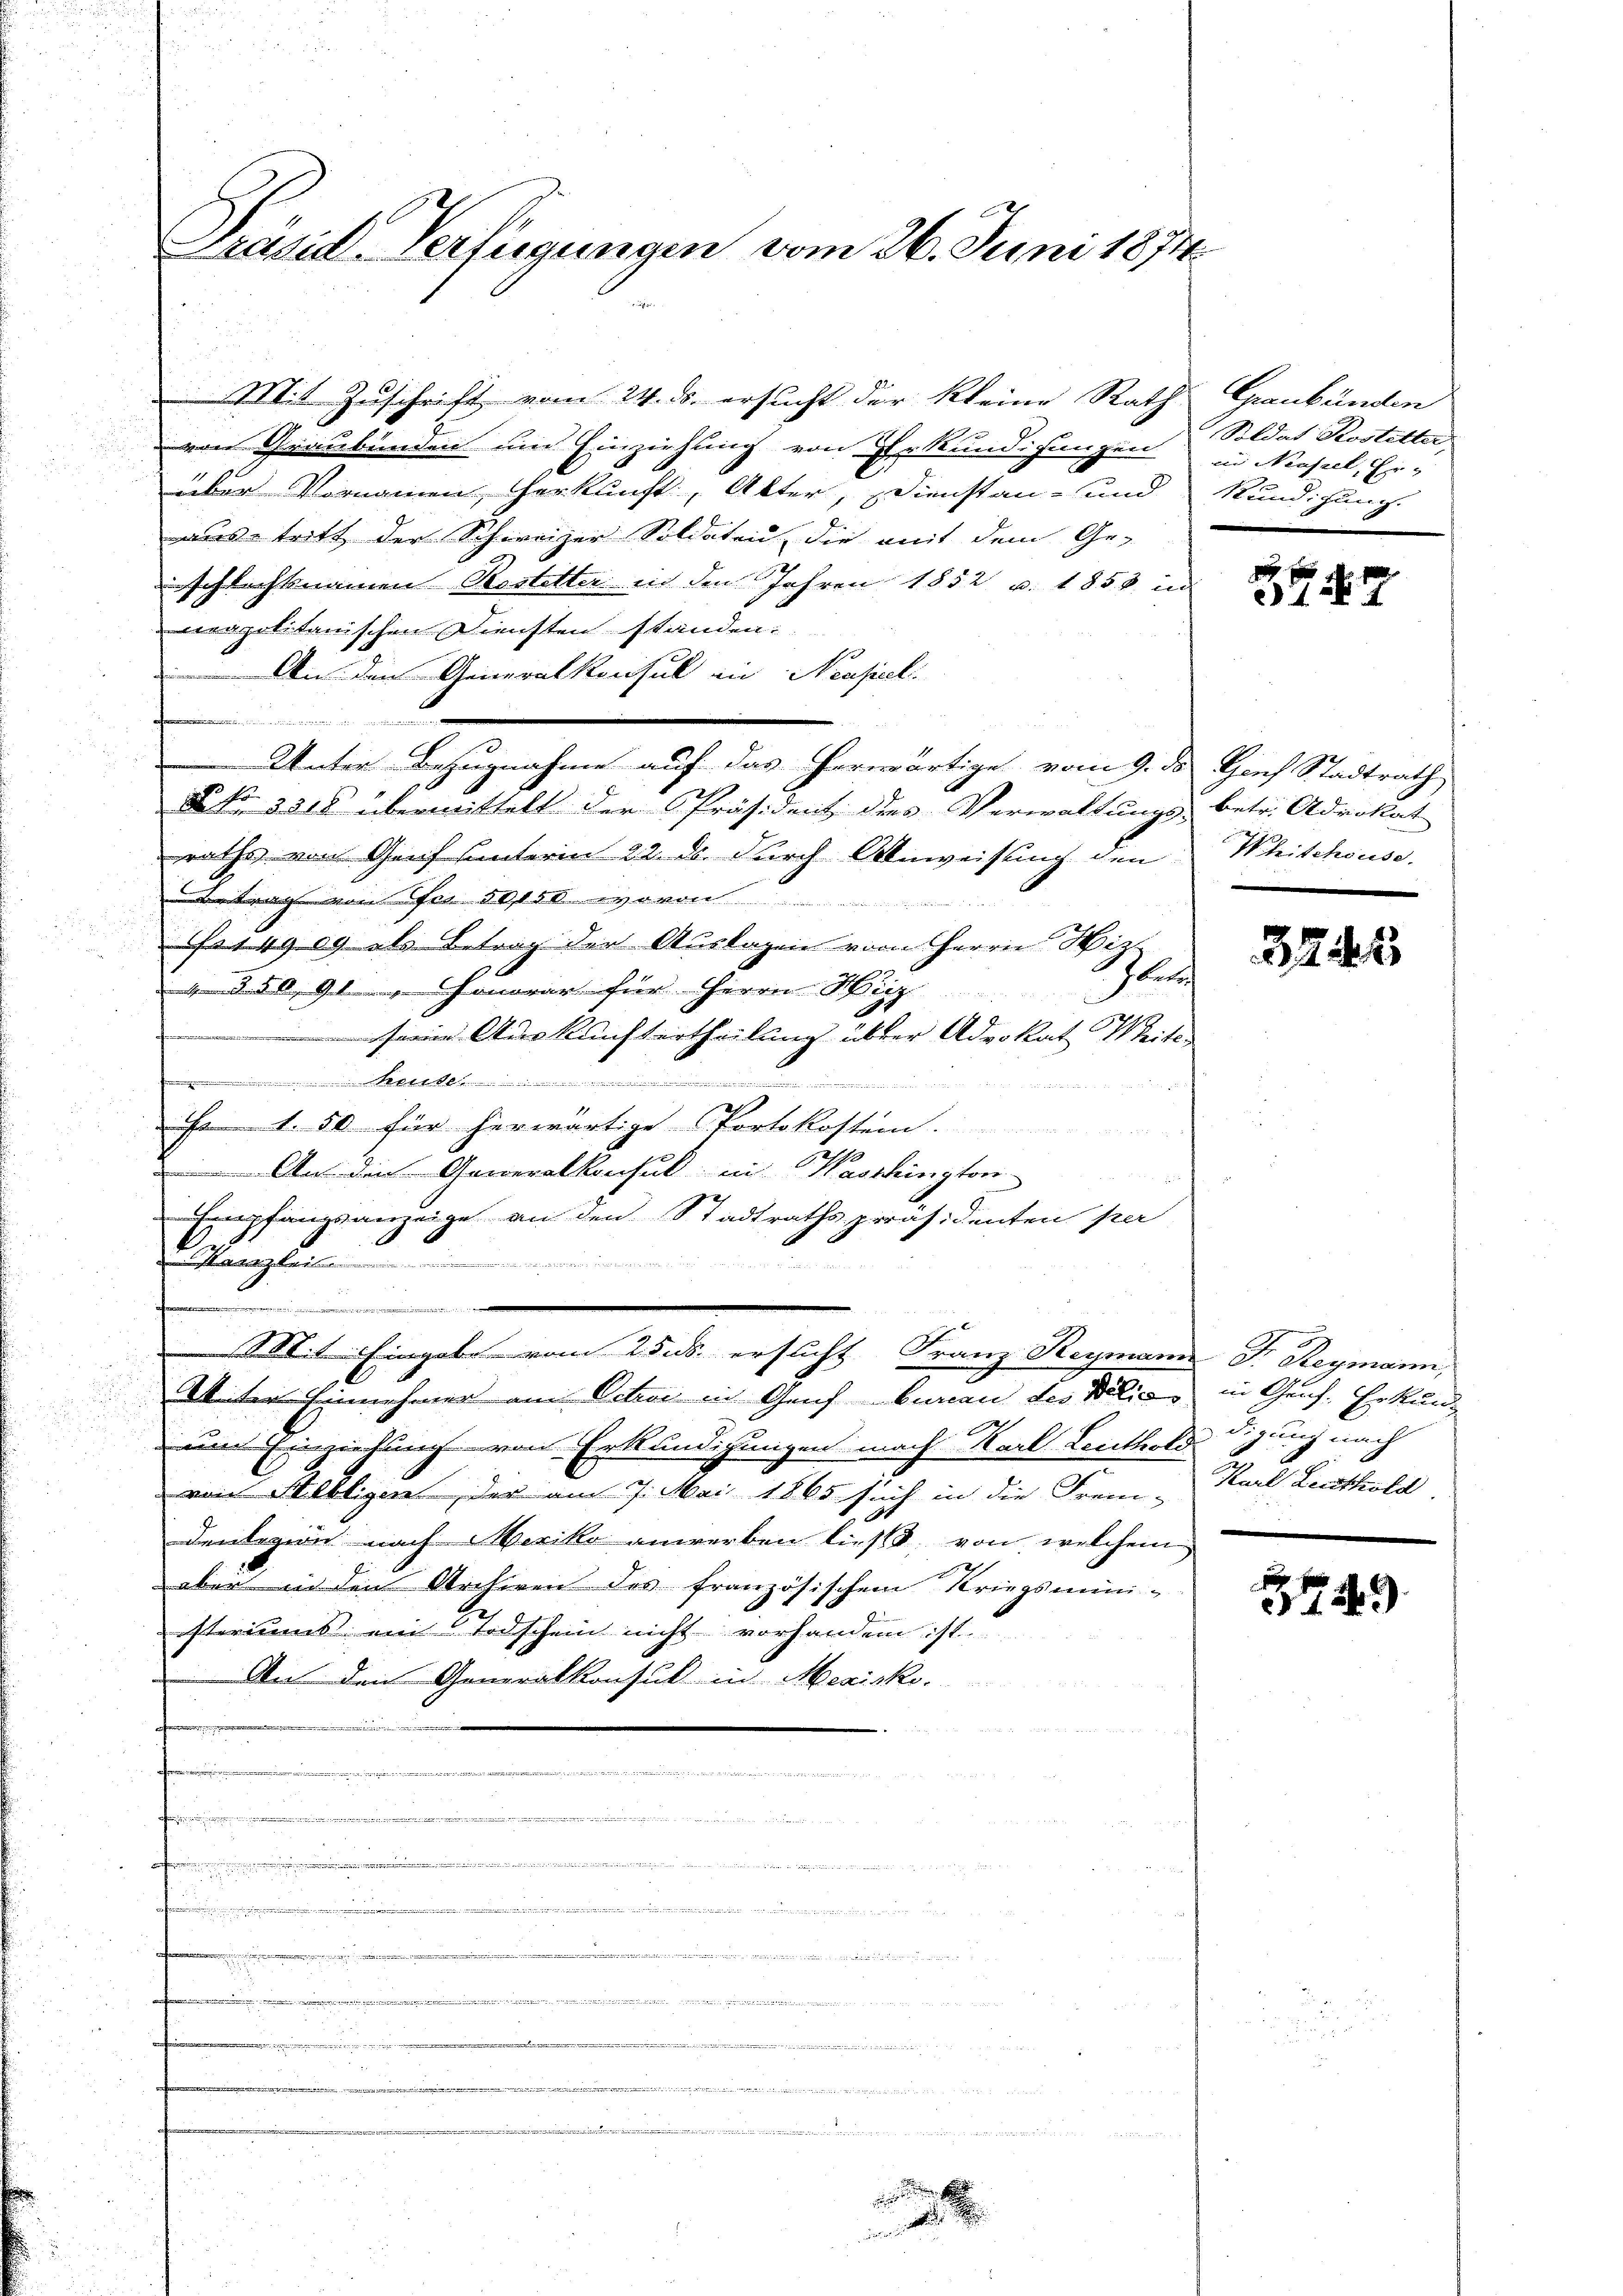
Präsid-Verfügungen vom 26. Juni 1874.

Mit Zuschrift vom 24. ds. ersucht der kleine Rath Graubünden
von Graubünden und Einziehung von Erkundigungen
über Vornamen Herkunft, Alter, Dienstan- und
aus tritt der Schweizer Soldaten, die mit dem Ge-
inschlechtsnamen Restetter in den Jahren 1852 u. 1853 und
eapolitanischen Diensten standen.
An den Generalkonsul in Neapel
rägen wiedern und un¬
Unter Bezugnahme auf das Horwärtige vom 9. ds Hof Stadtrath
NNo. 3518 übermittelt der Präsident der Verwaltungs- betr. Advokat
raths von Genf unterin 22. ds. durch Anweisung den
Betrag von Fr. 50,000 wovon
s14909 als Betrag der Auslagen vom Herrn Hitz
buch
4 § 54, Glanze Honorar für Herrn Hirz
im Auskunftertheilung übter Advokat Weiter
.
2
Fr 1. 50 für herwärtige Portokostern.
 An die Generalkonsul in Washington
Empfangsanzeige an den Stadtrathspräsidenten per
Marngleic
.
Mit: Eingabe vom 25. ersucht Franz Reymann Fr. Reymann,
Alter Einnehmer am Oeten in Genf bureau des Balić in Graf. Erkunum Einziehung von Erkundigungen nach Karl Leutholz digung nach
von Stelligen, der am 7. Mai 1865 sich in die Frem-
denlegion nach Mesiko anwerben ließ, von welchem
aber in den Archiven des französischem Kriegsmini-
isteriums ein Todschein nicht vorhanden ist
An den Generalkonsul in Mexicko
auf

t
ge
e
.
.

.

i

Soldat Kostetter.
in Neuseel, Er¬
Kündigung.

z
77

Wheischeuse.

2244

Karl Leuthold

49